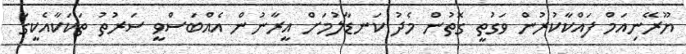
ޔޫރޭނިއަމް ފައްކާކުރުން ވަގުތީ ގޮތުން މެދު ކަނޑާލުމަށް އީރާނުން އެއްބަސްވީ ސަރުތު ތަކަކާއެކީގަ